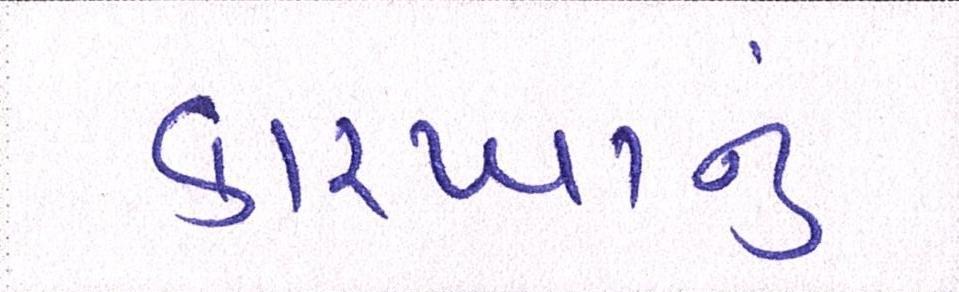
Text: કારખાનું